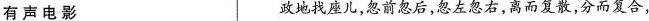
有 声 电 影 政地找座儿，忽前忽后，忽左忽右，离而复散，分而复合，